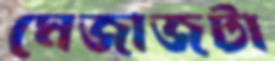
মেজাজটা